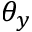
\theta _ { y }